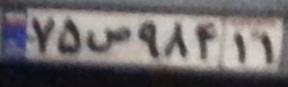
۷۵س۹۸۴۱۱